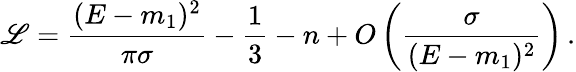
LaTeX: \mathscr{L}=\frac{{(E-m_{1})^{2}}}{{\pi\sigma}}-\frac{{1}}{{3}}-n+O\left(\frac{{\sigma}}{{(E-m_{1})^{2}}}\right)\, .